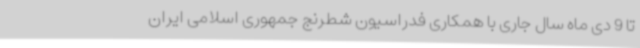
تا 9 دی ماه سال جاری با همکاری فدراسیون شطرنج جمهوری اسلامی ایران